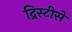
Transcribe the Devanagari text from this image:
द्रिस्टीसे